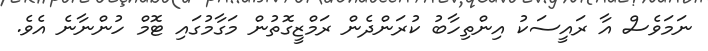
ނަމަވެސް އާ ރައީސަކު އިންތިހާބު ކުރަންދެން ރަމްޒީގޮތުން މަގާމުގައި ޓޮމް ހުންނާނެ އެވެ.